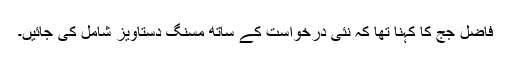
فاضل جج کا کہنا تھا کہ نئی درخواست کے ساتھ مسنگ دستاویز شامل کی جائیں۔